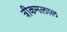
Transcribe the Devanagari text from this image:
त्रीकमलाल